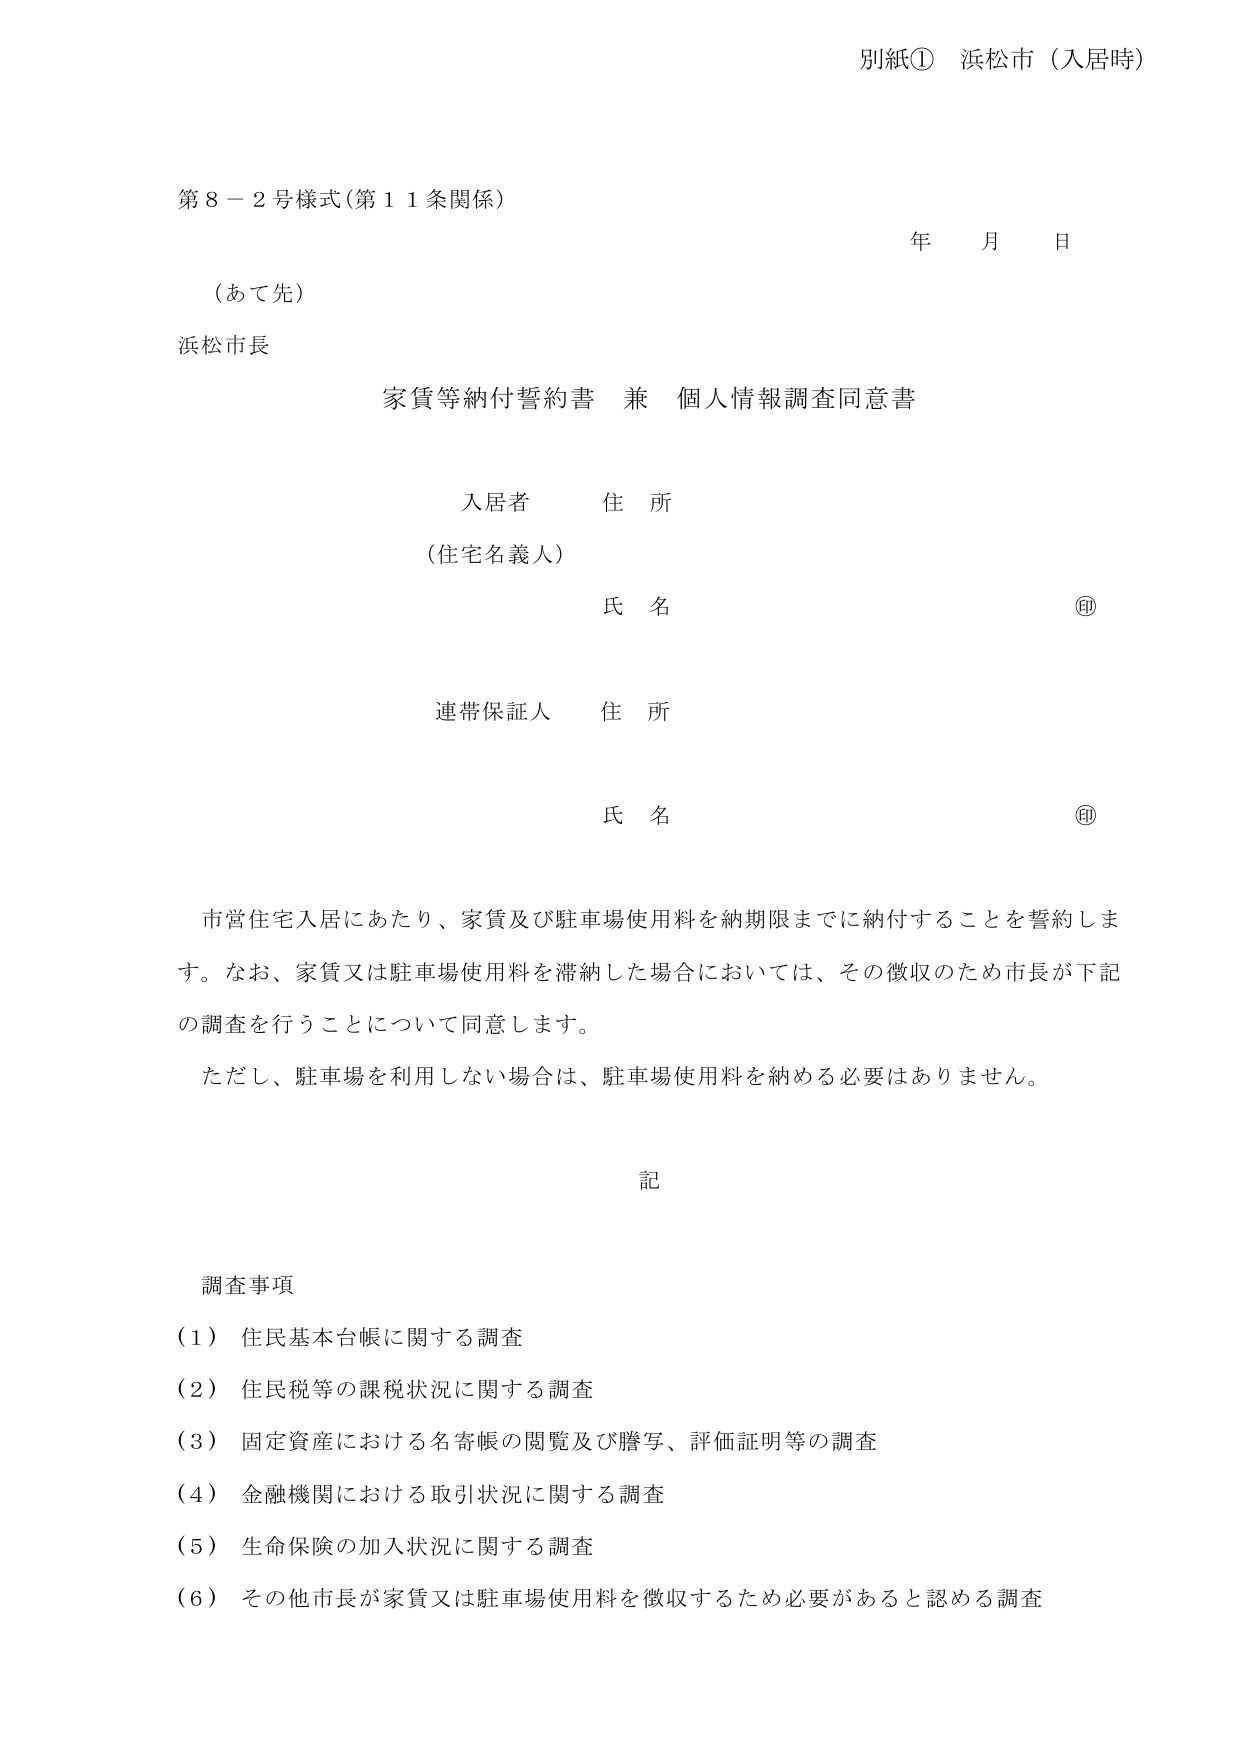
別紙① 浜松市（入居時）

第８－２号様式（第１１条関係）

年 月 日

（あて先）
浜松市長

家賃等納付誓約書 兼 個人情報調査同意書

入居者 住 所
（住宅名義人）
氏 名 ㊞

連帯保証人 住 所
氏 名 ㊞

市営住宅入居にあたり、家賃及び駐車場使用料を納期限までに納付することを誓約します。なお、家賃又は駐車場使用料を滞納した場合においては、その徴収のため市長が下記の調査を行うことについて同意します。

ただし、駐車場を利用しない場合は、駐車場使用料を納める必要はありません。

記

調査事項
（１）住民基本台帳に関する調査
（２）住民税等の課税状況に関する調査
（３）固定資産における名寄帳の閲覧及び謄写、評価証明等の調査
（４）金融機関における取引状況に関する調査
（５）生命保険の加入状況に関する調査
（６）その他市長が家賃又は駐車場使用料を徴収するため必要があると認める調査